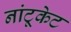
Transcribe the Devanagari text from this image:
नांटूकेट